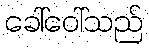
ခေါ်ဝေါ်သည်